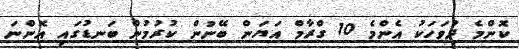
ކޮންމެ ދުވަހަކު އެންމެ 10 ގްރާމް އަޔަން ބޭނުން ކުރުމުން ބަނޑުގައި އޮންނަ